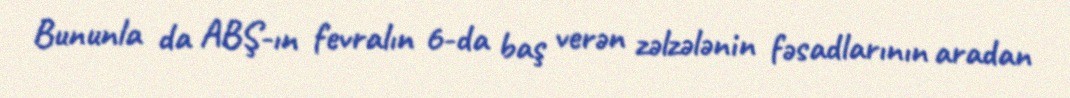
Bununla da ABŞ-ın fevralın 6-da baş verən zəlzələnin fəsadlarının aradan